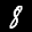
Label: 8